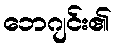
ဘေဂျင်း၏